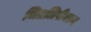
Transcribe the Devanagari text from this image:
चित्रलिपीवरून